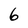
Character: 6